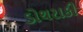
ડોથરાકી